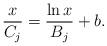
LaTeX: \begin{align*}\frac{x}{C_j}=\frac{\ln x}{B_j}+b.\end{align*}